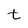
Character: t